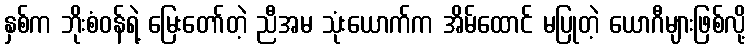
နှစ်က ဘိုးစံဝန်ရဲ့ မြေးတော်တဲ့ ညီအမ သုံးယောက်က အိမ်ထောင် မပြုတဲ့ ယောဂီများဖြစ်လို့